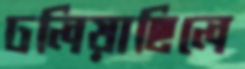
ঢলিয়াছিলে